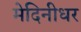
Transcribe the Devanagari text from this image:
मेदिनीधर